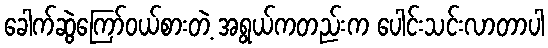
ခေါက်ဆွဲကြော်ဝယ်စားတဲ့ အရွယ်ကတည်းက ပေါင်းသင်းလာတာပါ